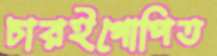
চারইগোপিত